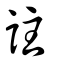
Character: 註